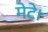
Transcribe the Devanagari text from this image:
मेटे।